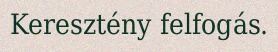
Keresztény felfogás.